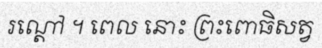
រណ្តៅ ។ ពេល នោះ ព្រះពោធិសត្វ